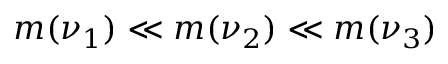
m ( \nu _ { 1 } ) \ll m ( \nu _ { 2 } ) \ll m ( \nu _ { 3 } )